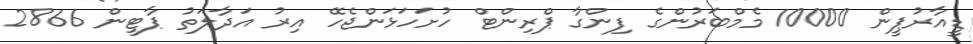
ޑީއާރުޕީން 10000 މެމްބަރުންގެ ފިންގާ ޕްރިންޓް ހުށަހަޅަންޖެހޭ އިރު އަދާލަތު ޕާޓީން 2866